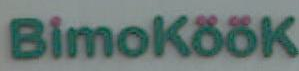
Bimoköök